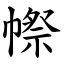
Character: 㡜